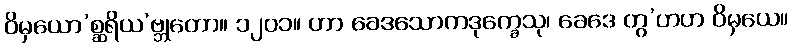
ဝိမှယော’စ္ဆရိယ’ဗ္ဘုတော။ ၁၂၀၁။ ဟာ ခေဒသောကဒုက္ခေသု၊ ခေဒေ တွ’ဟဟ ဝိမှယေ။